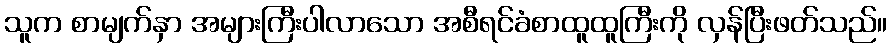
သူက စာမျက်နှာ အများကြီးပါလာသော အစီရင်ခံစာထူထူကြီးကို လှန်ပြီးဖတ်သည်။